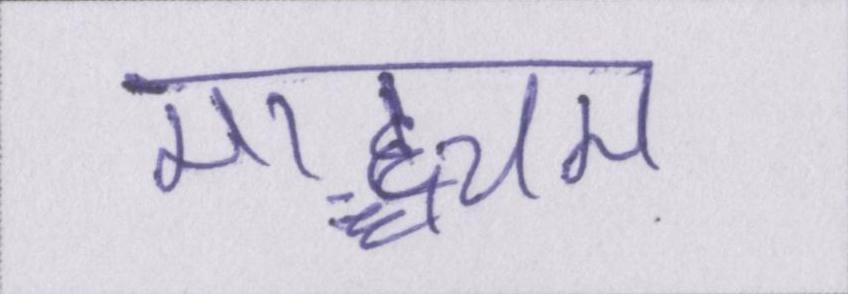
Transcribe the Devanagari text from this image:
माद्ध्यम